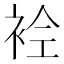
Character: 𲀬